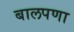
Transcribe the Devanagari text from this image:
बालपणा